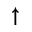
\uparrow